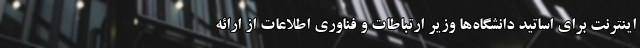
اینترنت برای اساتید دانشگاه‌ها وزیر ارتباطات و فناوری اطلاعات از ارائه